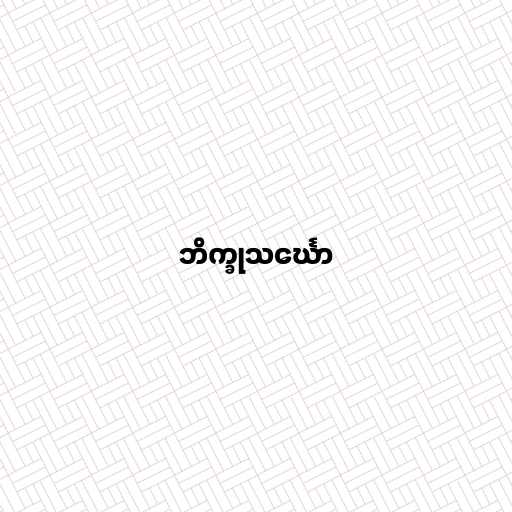
ဘိက္ခုသင်္ဃော